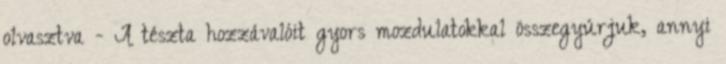
olvasztva - A tészta hozzávalóit gyors mozdulatokkal összegyúrjuk, annyi